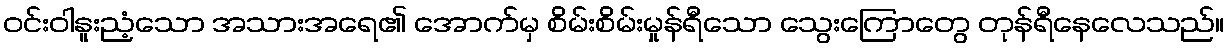
ဝင်းဝါနူးညံ့သော အသားအရေ၏ အောက်မှ စိမ်းစိမ်းမှုန်ရီသော သွေးကြောတွေ တုန်ရီနေလေသည်။